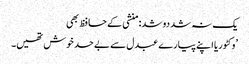
یک نہ شد دو شد: منشی کے حافظ بھی
’وکٹوریا اپنے پیارے عبدل سے بے حد خوش تھیں۔